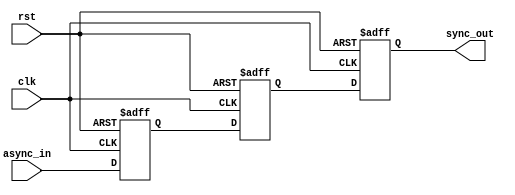
module triple_ff_synchronizer (
    input wire async_in,  // Asynchronous input signal
    input wire clk,       // Clock signal for the target domain
    input wire rst,       // Asynchronous reset signal
    output reg sync_out   // Synchronized output signal
);

    // Internal signals for the flip-flops
    reg ff1_out;
    reg ff2_out;

    // Flip-Flop 1
    always @(posedge clk or posedge rst) begin
        if (rst) begin
            ff1_out <= 1'b0; // Reset to known state
        end else begin
            ff1_out <= async_in; // Sample the asynchronous input
        end
    end

    // Flip-Flop 2
    always @(posedge clk or posedge rst) begin
        if (rst) begin
            ff2_out <= 1'b0; // Reset to known state
        end else begin
            ff2_out <= ff1_out; // Sample the output of FF1
        end
    end

    // Flip-Flop 3
    always @(posedge clk or posedge rst) begin
        if (rst) begin
            sync_out <= 1'b0; // Reset to known state
        end else begin
            sync_out <= ff2_out; // Sample the output of FF2
        end
    end

endmodule